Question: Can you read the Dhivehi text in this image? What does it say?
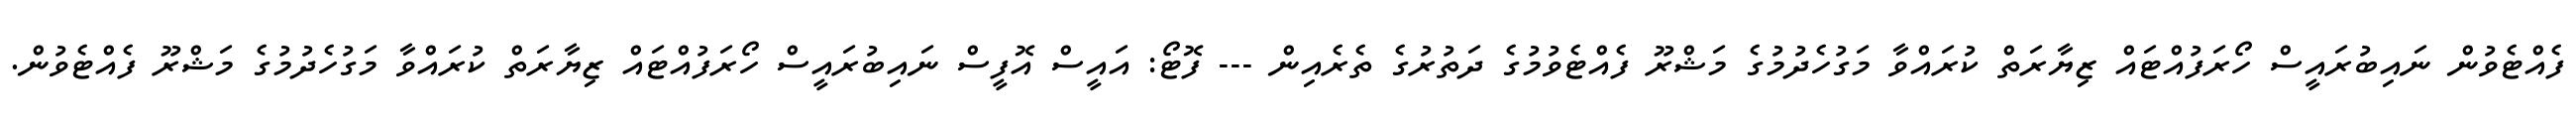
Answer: ފެއްޓެވުން ނައިބުރައީސް ހޯރަފުއްޓައް ޒިޔާރަތް ކުރައްވާ މަގުހެދުމުގެ މަޝްރޫ ފެއްޓެވުމުގެ ދަތުރުގެ ތެރެއިން --- ފޮޓޯ: އައީސް އޮފީސް ނައިބުރައީސް ހޯރަފުއްޓައް ޒިޔާރަތް ކުރައްވާ މަގުހެދުމުގެ މަޝްރޫ ފެއްޓެވުން.